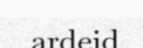
ardeid